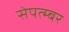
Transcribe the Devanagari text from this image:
सेपत्म्बर